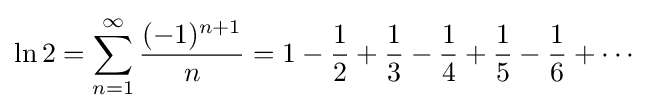
\ln 2=\sum _{n=1}^{\infty }{\frac {(-1)^{n+1}}{n}}=1-{\frac {1}{2}}+{\frac {1}{3}}-{\frac {1}{4}}+{\frac {1}{5}}-{\frac {1}{6}}+\cdots